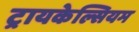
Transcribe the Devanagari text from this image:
ट्रायकेल्सियम